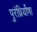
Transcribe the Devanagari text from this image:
पुरंध्रिर्योषा